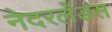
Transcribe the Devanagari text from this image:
नेदरलँडस